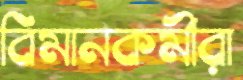
বিমানকর্মীরা